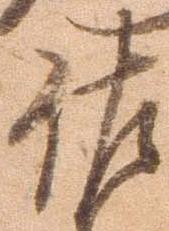
佐